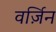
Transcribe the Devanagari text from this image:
वर्ज़िन